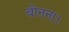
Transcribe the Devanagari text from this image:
बीनना।